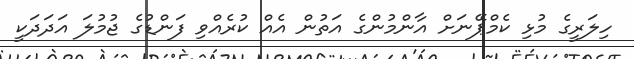
ހިލަރީގެ މުޅި ކެމްޕޭނަށް އާންމުންގެ އަތުން އެއް ކުރެއްވި ފަންޑުގެ ޖުމުލަ އަދަދަކީ